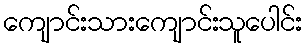
ကျောင်းသားကျောင်းသူပေါင်း